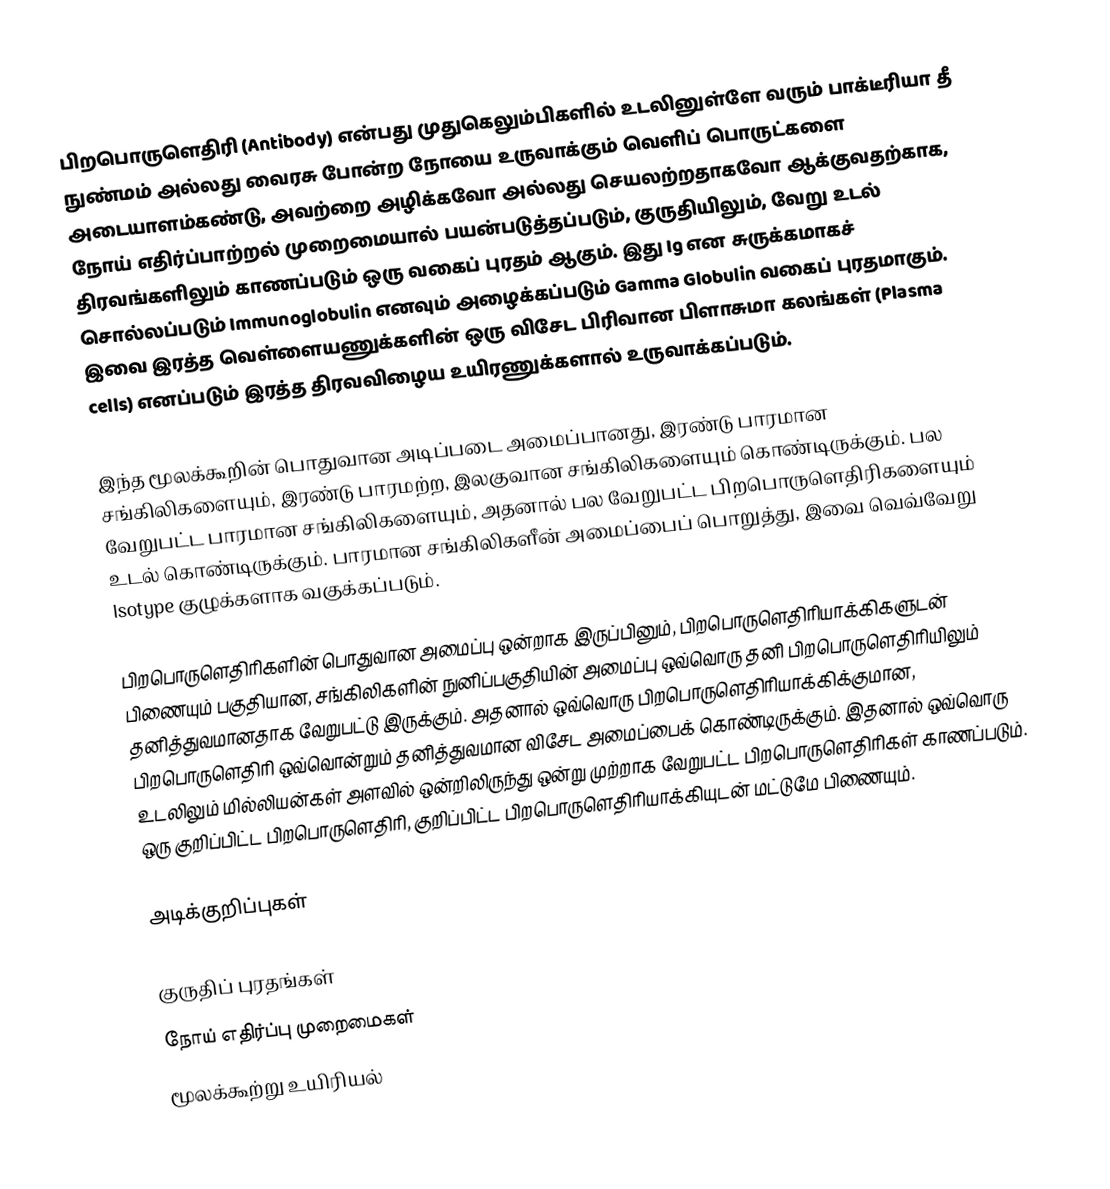
பிறபொருளெதிரி (Antibody) என்பது முதுகெலும்பிகளில் உடலினுள்ளே வரும் பாக்டீரியா தீ நுண்மம் அல்லது வைரசு போன்ற நோயை உருவாக்கும் வெளிப் பொருட்களை அடையாளம்கண்டு, அவற்றை அழிக்கவோ அல்லது செயலற்றதாகவோ ஆக்குவதற்காக, நோய் எதிர்ப்பாற்றல் முறைமையால் பயன்படுத்தப்படும், குருதியிலும், வேறு உடல் திரவங்களிலும் காணப்படும் ஒரு வகைப் புரதம் ஆகும். இது Ig என சுருக்கமாகச் சொல்லப்படும் Immunoglobulin எனவும் அழைக்கப்படும் Gamma Globulin வகைப் புரதமாகும். இவை இரத்த வெள்ளையணுக்களின் ஒரு விசேட பிரிவான பிளாசுமா கலங்கள் (Plasma cells) எனப்படும் இரத்த திரவவிழைய உயிரணுக்களால் உருவாக்கப்படும்.

இந்த மூலக்கூறின் பொதுவான அடிப்படை அமைப்பானது, இரண்டு பாரமான சங்கிலிகளையும், இரண்டு பாரமற்ற, இலகுவான சங்கிலிகளையும் கொண்டிருக்கும். பல வேறுபட்ட பாரமான சங்கிலிகளையும், அதனால் பல வேறுபட்ட பிறபொருளெதிரிகளையும் உடல் கொண்டிருக்கும். பாரமான சங்கிலிகளீன் அமைப்பைப் பொறுத்து, இவை வெவ்வேறு Isotype குழுக்களாக வகுக்கப்படும்.

பிறபொருளெதிரிகளின் பொதுவான அமைப்பு ஒன்றாக இருப்பினும், பிறபொருளெதிரியாக்கிகளுடன் பிணையும் பகுதியான, சங்கிலிகளின் நுனிப்பகுதியின் அமைப்பு ஒவ்வொரு தனி பிறபொருளெதிரியிலும் தனித்துவமானதாக வேறுபட்டு இருக்கும். அதனால் ஒவ்வொரு பிறபொருளெதிரியாக்கிக்குமான, பிறபொருளெதிரி ஒவ்வொன்றும் தனித்துவமான விசேட அமைப்பைக் கொண்டிருக்கும். இதனால் ஒவ்வொரு உடலிலும் மில்லியன்கள் அளவில் ஒன்றிலிருந்து ஒன்று முற்றாக வேறுபட்ட பிறபொருளெதிரிகள் காணப்படும். ஒரு குறிப்பிட்ட பிறபொருளெதிரி, குறிப்பிட்ட பிறபொருளெதிரியாக்கியுடன் மட்டுமே பிணையும்.

அடிக்குறிப்புகள்

குருதிப் புரதங்கள்
நோய் எதிர்ப்பு முறைமைகள்
மூலக்கூற்று உயிரியல்